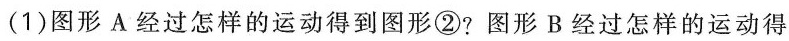
(1)图形A经过怎样的运动得到图形②?图形B经过怎样的运动得